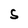
Character: S